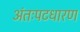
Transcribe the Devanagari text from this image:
अंतःपटधारण